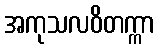
အကုသလဝိတက္ကာ